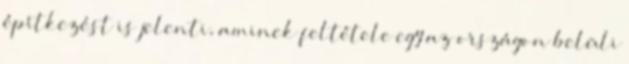
építkezést is jelenti, aminek feltétele egy az országon belüli